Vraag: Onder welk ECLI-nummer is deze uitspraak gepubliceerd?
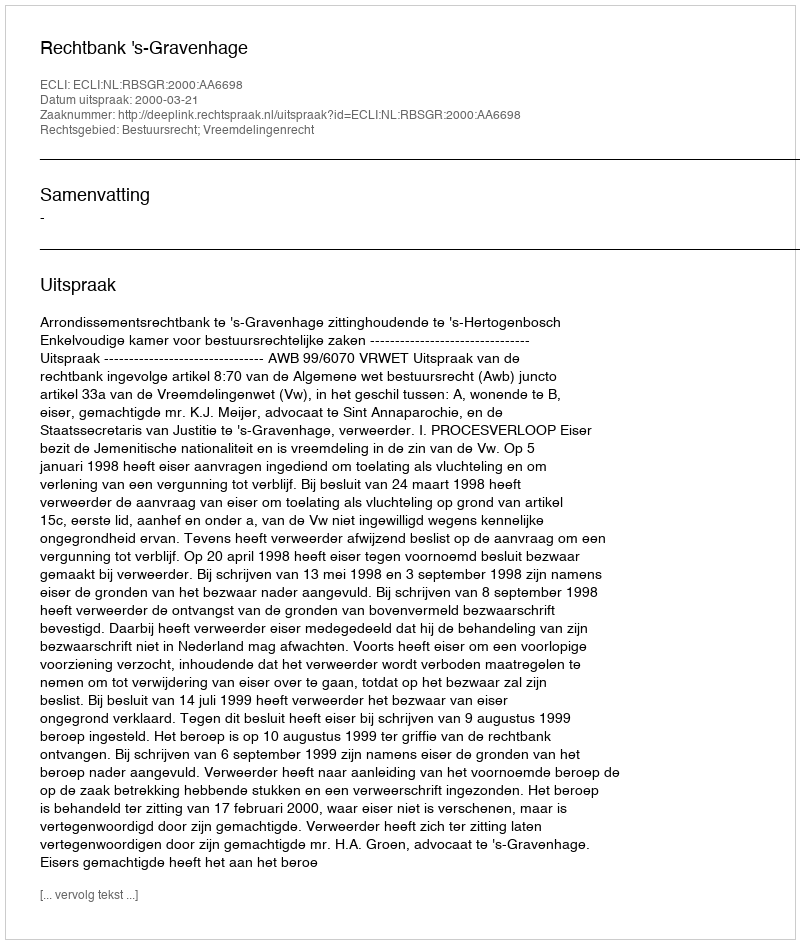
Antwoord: ECLI:NL:RBSGR:2000:AA6698